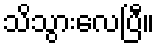
သိသွားလေပြီ။